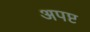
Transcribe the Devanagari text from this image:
अपष्ट